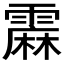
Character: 𲊇